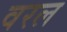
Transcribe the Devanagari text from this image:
वरल